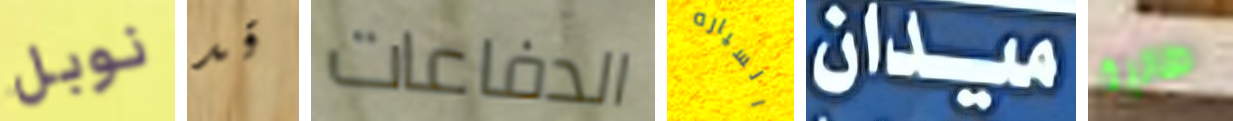
نوبل قد الدفاعات السياره ميدان طالبة